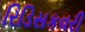
રિડિસકવરી